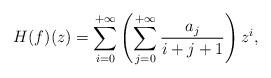
LaTeX: \begin{align*}H(f)(z)=\sum_{i=0}^{+\infty}\left(\sum_{j=0}^{+\infty}\frac{a_j}{i+j+1}\right)z^i,\end{align*}